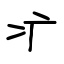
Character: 疒